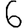
Digit: 6